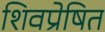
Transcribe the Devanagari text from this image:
शिवप्रेषित